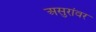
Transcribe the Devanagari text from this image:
असुरांवर